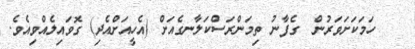
ހަމަކަށަވަރުން  ގެފާނު ތިމަންރަސްކަލާނގެއަށް (އެހީއަށްއެދި) ގޮވައިލެއްވިއެވެ.